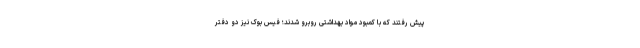
پیش رفتند که با کمبود مواد بهداشتی روبرو شدند؛ فیس بوک نیز دو دفتر